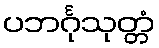
ပဘင်္ဂုသုတ္တံ